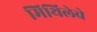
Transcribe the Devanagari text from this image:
मिथिलेचे